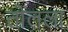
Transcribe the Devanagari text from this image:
तोलला